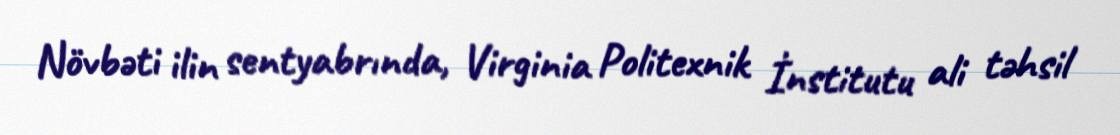
Növbəti ilin sentyabrında, Virginia Politexnik İnstitutu ali təhsil